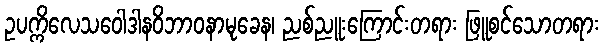
ဥပက္ကိလေသဝေါဒါနဝိဘာဝနာမုခေန၊ ညစ်ညူးကြောင်းတရား ဖြူစင်သောတရား